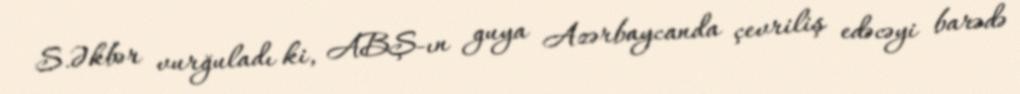
S.Əkbər vurğuladı ki, ABŞ-ın guya Azərbaycanda çevriliş edəcəyi barədə